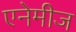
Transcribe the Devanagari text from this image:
एनेमीज